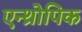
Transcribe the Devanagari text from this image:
एन्थ्रोपिक